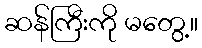
ဆန်ကြီးကို မတွေ့။